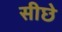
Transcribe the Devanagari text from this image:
सीछे